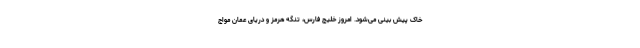
خاک پیش بینی می‌شود. امروز خلیج فارس، تنگه هرمز و دریای عمان مواج